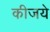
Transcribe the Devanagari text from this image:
कीजये